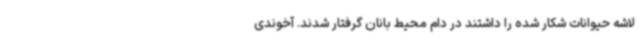
لاشه حیوانات شکار شده را داشتند در دام محیط بانان گرفتار شدند. آخوندی